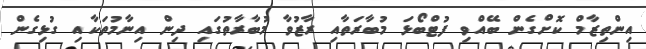
އިންތިޒާމް ކޮށްގެން ބޭއްވި ފުޓްބޯޅަ މުބާރަތާއި ރާޒުވާ މުބާރާތުގައި ދިން އިނާމުތަކާއި ގުޅިގެން